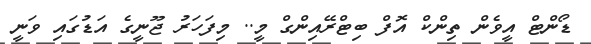
ޑޯންޓް އީވެން ތިންކް އޮފް ބިޓްރޭއިންގް މީ.. މިފަހަރު ޖޫނީގެ އަޑުގައި ވަނީ